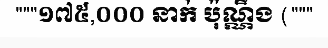
"""១៧៥,០០០ នាក់ ប៉ុណ្ណឹង ("""